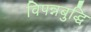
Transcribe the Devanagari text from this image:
विपन्नबुद्धि